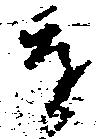
を